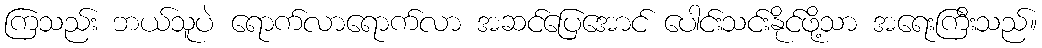
ကြသည်း ဘယ်သူပဲ ရောက်လာရောက်လာ အဆင်ပြေအောင် ပေါင်းသင်းနိုင်ဖို့သာ အရေးကြီးသည်။